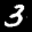
Label: 3